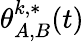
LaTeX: \theta_{A,B}^{k,*}(t)